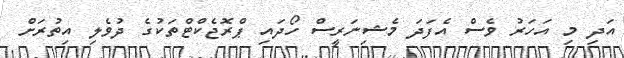
އަދި މި އަހަރު ވެސް އެފަދަ މެޝިނަރީސް ހޯދައި ޕްރޮޖެކްޓްތަކުގެ ދުވެލި އިތުރަށް